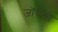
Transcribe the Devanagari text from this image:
जॉयन्तो